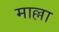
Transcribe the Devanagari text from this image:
माल्ला